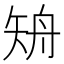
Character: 矪